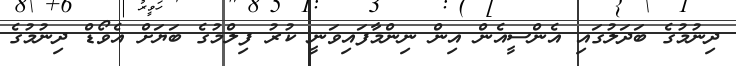
ދިނުމުގެ ބަދަލުގައި އެންސީއެން އިން ނިންމާފައިވަނީ ކުރު ފިލްމުގެ ބަޔަށް އެވޯޑް ދިނުމުގެ